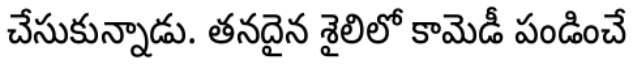
చేసుకున్నాడు. తనదైన శైలిలో కామెడీ పండించే